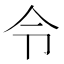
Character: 令